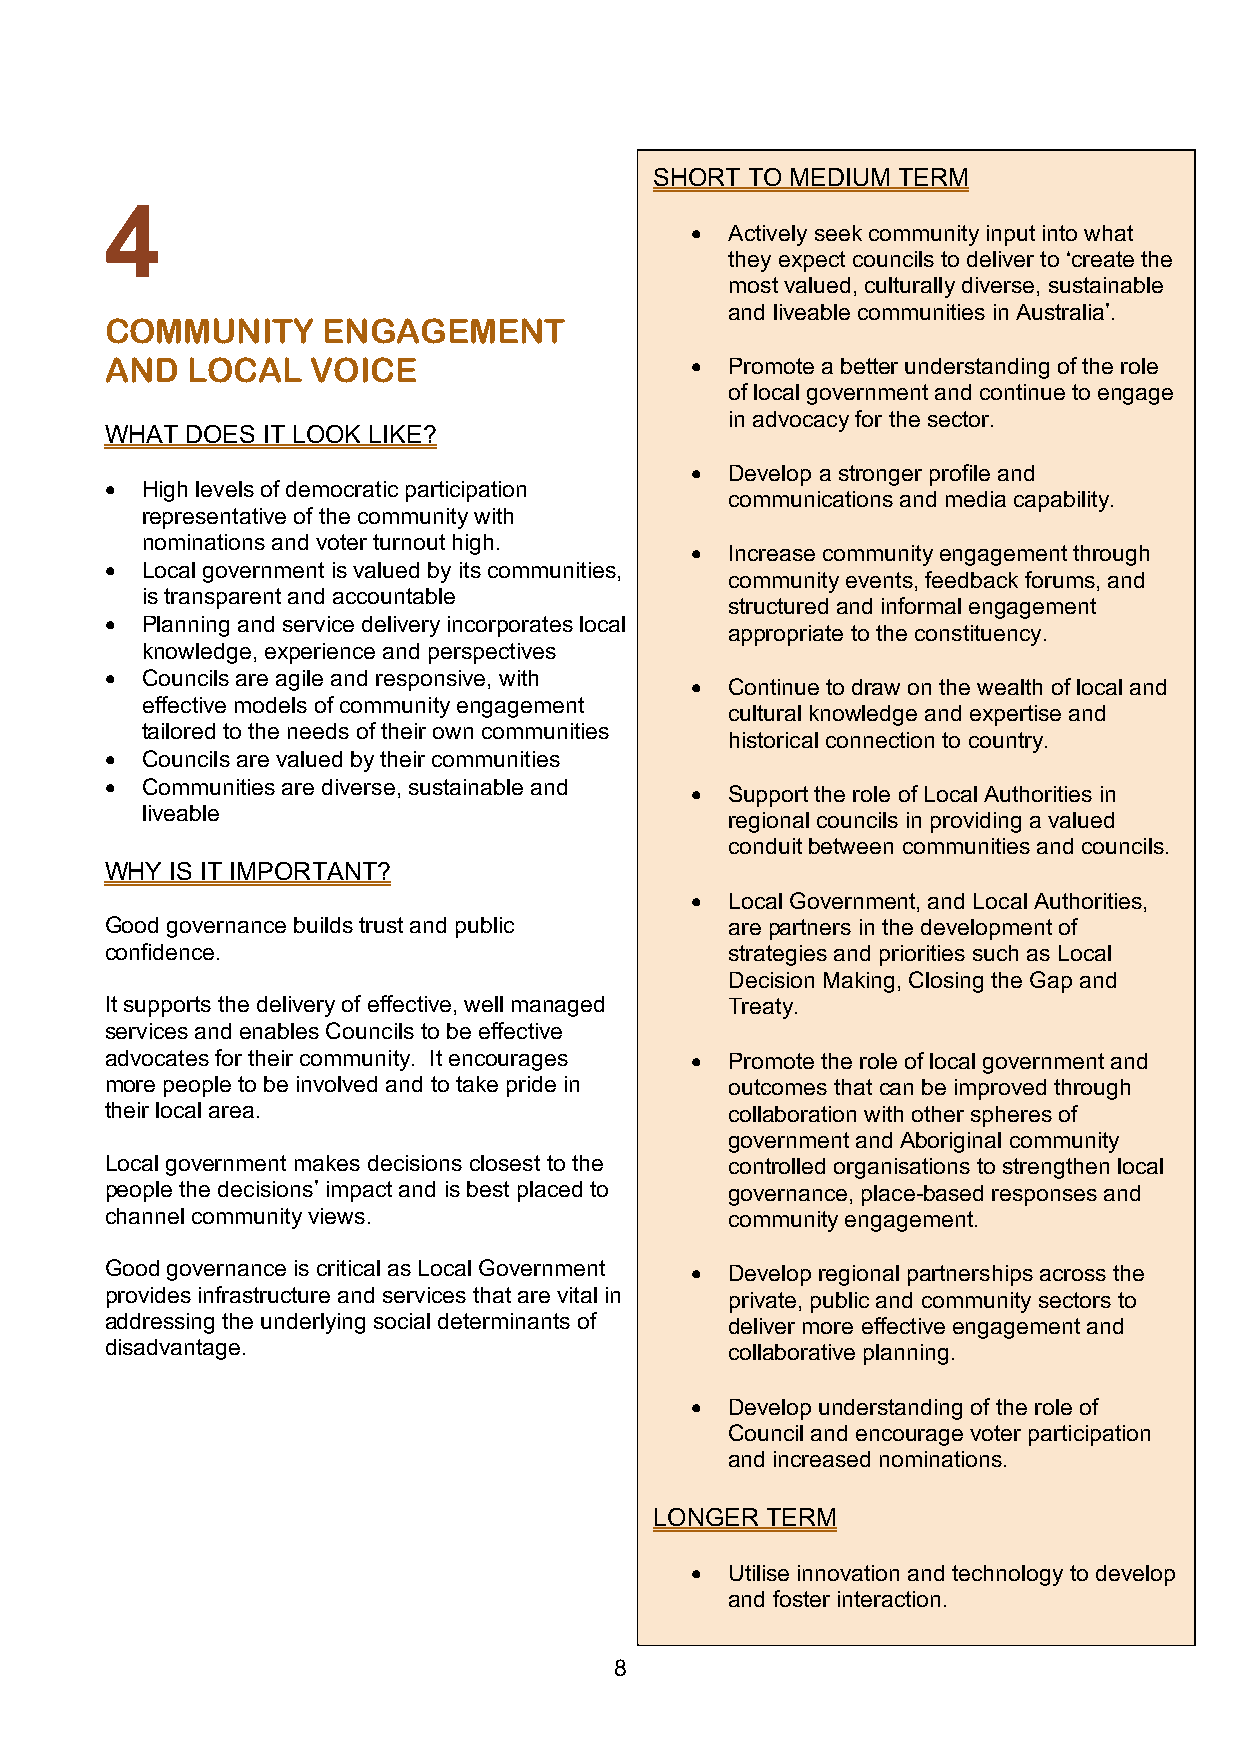
SHORT TO MEDIUM TERM
 4
 • Actively seek community input into what
 they expect councils to deliver to ‘create the
 most valued, culturally diverse, sustainable
 and liveable communities in Australia’.
 COMMUNITY     ENGAGEMENT
 AND  LOCAL    VOICE                    • Promote a better understanding of the role
 of local government and continue to engage
 in advocacy for the sector.
 WHAT DOES IT LOOK LIKE?
 • Develop a stronger profile and
 • High levels of democratic participation
 communications and media capability.
 representative of the community with
 nominations and voter turnout high.
 • Increase community engagement through
 • Local government is valued by its communities,
 community events, feedback forums, and
 is transparent and accountable
 structured and informal engagement
 • Planning and service delivery incorporates local
 appropriate to the constituency.
 knowledge, experience and perspectives
 • Councils are agile and responsive, with
 • Continue to draw on the wealth of local and
 effective models of community engagement
 cultural knowledge and expertise and
 tailored to the needs of their own communities
 historical connection to country.
 • Councils are valued by their communities
 • Communities are diverse, sustainable and
 • Support the role of Local Authorities in
 liveable
 regional councils in providing a valued
 conduit between communities and councils.
 WHY IS IT IMPORTANT?
 • Local Government, and Local Authorities,
 Good governance builds trust and public  are partners in the development of
 confidence.                              strategies and priorities such as Local
 Decision Making, Closing the Gap and
 It supports the delivery of effective, well managed Treaty.
 services and enables Councils to be effective
 advocates for their community. It encourages • Promote the role of local government and
 more people to be involved and to take pride in outcomes that can be improved through
 their local area.                        collaboration with other spheres of
 government and Aboriginal community
 Local government makes decisions closest to the controlled organisations to strengthen local
 people the decisions’ impact and is best placed to governance, place-based responses and
 channel community views.                 community engagement.
 Good governance is critical as Local Government • Develop regional partnerships across the
 provides infrastructure and services that are vital in private, public and community sectors to
 addressing the underlying social determinants of deliver more effective engagement and
 disadvantage.                            collaborative planning.
 • Develop understanding of the role of
 Council and encourage voter participation
 and increased nominations.
 LONGER  TERM
 • Utilise innovation and technology to develop
 and foster interaction.
 8